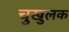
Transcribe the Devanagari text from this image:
चुखुलक